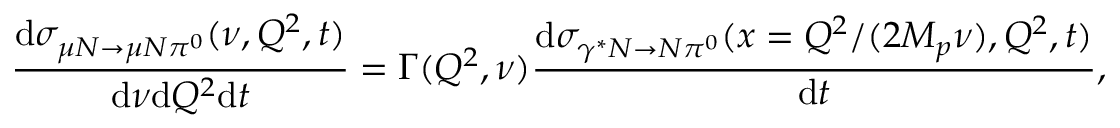
\frac { \mathrm { d } \sigma _ { \mu N \rightarrow \mu N \pi ^ { 0 } } ( \nu , Q ^ { 2 } , t ) } { \mathrm { d } \nu \mathrm { d } Q ^ { 2 } \mathrm { d } t } = \Gamma ( Q ^ { 2 } , \nu ) \frac { \mathrm { d } \sigma _ { \gamma ^ { * } N \rightarrow N \pi ^ { 0 } } ( x = Q ^ { 2 } / ( 2 M _ { p } \nu ) , Q ^ { 2 } , t ) } { \mathrm { d } t } ,